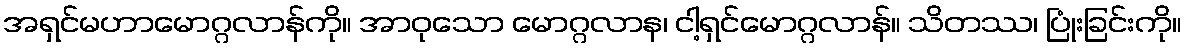
အရှင်မဟာမောဂ္ဂလာန်ကို။ အာဝုသော မောဂ္ဂလာန၊ ငါ့ရှင်မောဂ္ဂလာန်။ သိတဿ၊ ပြုံးခြင်းကို။